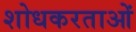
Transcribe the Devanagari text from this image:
शोधकरताओं